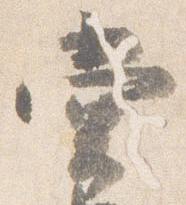
堂